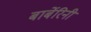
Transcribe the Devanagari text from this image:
बार्बेरिनी